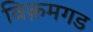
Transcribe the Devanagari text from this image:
विक़मगड